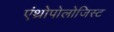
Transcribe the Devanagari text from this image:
एंथ्रोपोलोजिस्ट